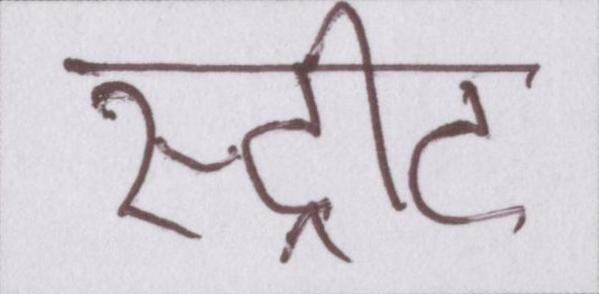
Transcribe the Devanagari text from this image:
स्ट्रीट